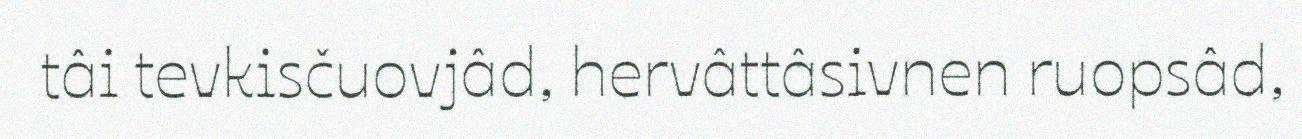
tâi tevkisčuovjâd, hervâttâsivnen ruopsâd,